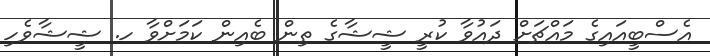
އެސްބީއައިގެ މައްޗަށް ދައުވާ ކުރީ ޝީޝާގެ ތިން ބެއިން ކަމަށްވާ ހ. ޝީޝާވެހި